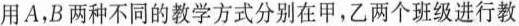
用A，B两种不同的教学方式分别在甲，乙两个班级进行教